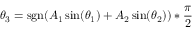
\theta _ { 3 } = \operatorname { s g n } ( A _ { 1 } \sin ( \theta _ { 1 } ) + A _ { 2 } \sin ( \theta _ { 2 } ) ) * { \frac { \pi } { 2 } }